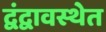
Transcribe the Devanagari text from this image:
द्वंद्वावस्थेत